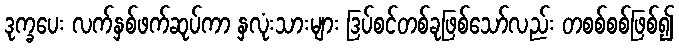
ဒုက္ခပေး လက်နှစ်ဖက်ဆုပ်ကာ နှလုံးသားများ ဒြပ်စင်တစ်ခုဖြစ်သော်လည်း တစစ်စစ်ဖြစ်၍